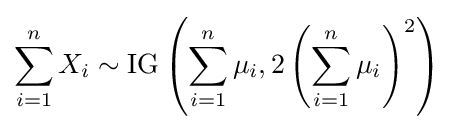
\sum _{i=1}^{n}X_{i}\sim \operatorname {IG} \left(\sum _{i=1}^{n}\mu _{i},2\left(\sum _{i=1}^{n}\mu _{i}\right)^{2}\right)